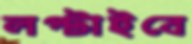
লপ্‌টাইবে